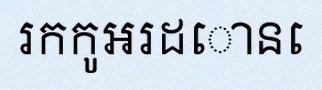
រកកូអរដោនេ